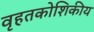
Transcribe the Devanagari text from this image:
वृहतकोशिकीय